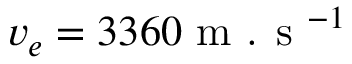
v _ { e } = 3 3 6 0 \textup { m . s } ^ { - 1 }